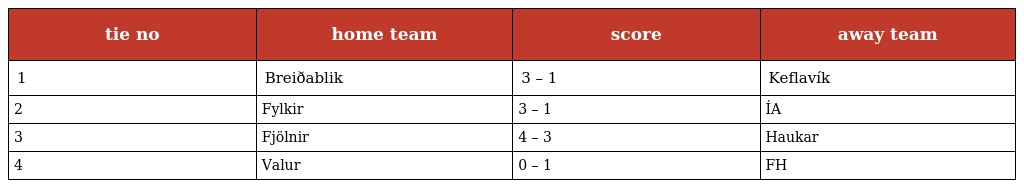
| tie no | home team | score | away team |
 | --- | --- | --- | --- |
 | 1 | Breiðablik | 3 – 1 | Keflavík |
 | 2 | Fylkir | 3 – 1 | ÍA |
 | 3 | Fjölnir | 4 – 3 | Haukar |
 | 4 | Valur | 0 – 1 | FH |